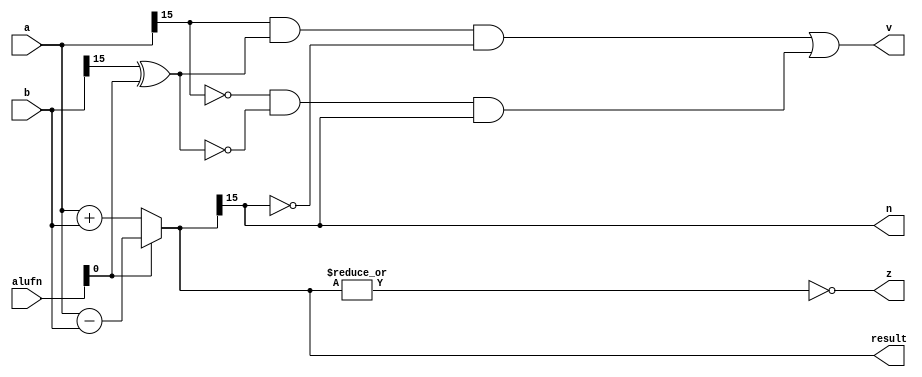
/*
   This file was generated automatically by Alchitry Labs version 1.2.1.
   Do not edit this file directly. Instead edit the original Lucid source.
   This is a temporary file and any changes made to it will be destroyed.
*/

module alu_adder_8 (
    input [5:0] alufn,
    input [15:0] a,
    input [15:0] b,
    output reg [15:0] result,
    output reg z,
    output reg v,
    output reg n
  );
  
  
  
  reg [15:0] sum;
  
  reg xb;
  
  always @* begin
    
    case (alufn[0+0-:1])
      1'h1: begin
        sum = a - b;
      end
      default: begin
        sum = a + b;
      end
    endcase
    result = sum;
    z = (~|sum);
    xb = b[15+0-:1] ^ alufn[0+0-:1];
    v = ((a[15+0-:1] & xb & ~sum[15+0-:1]) | (~a[15+0-:1] & ~xb & sum[15+0-:1]));
    n = sum[15+0-:1];
  end
endmodule